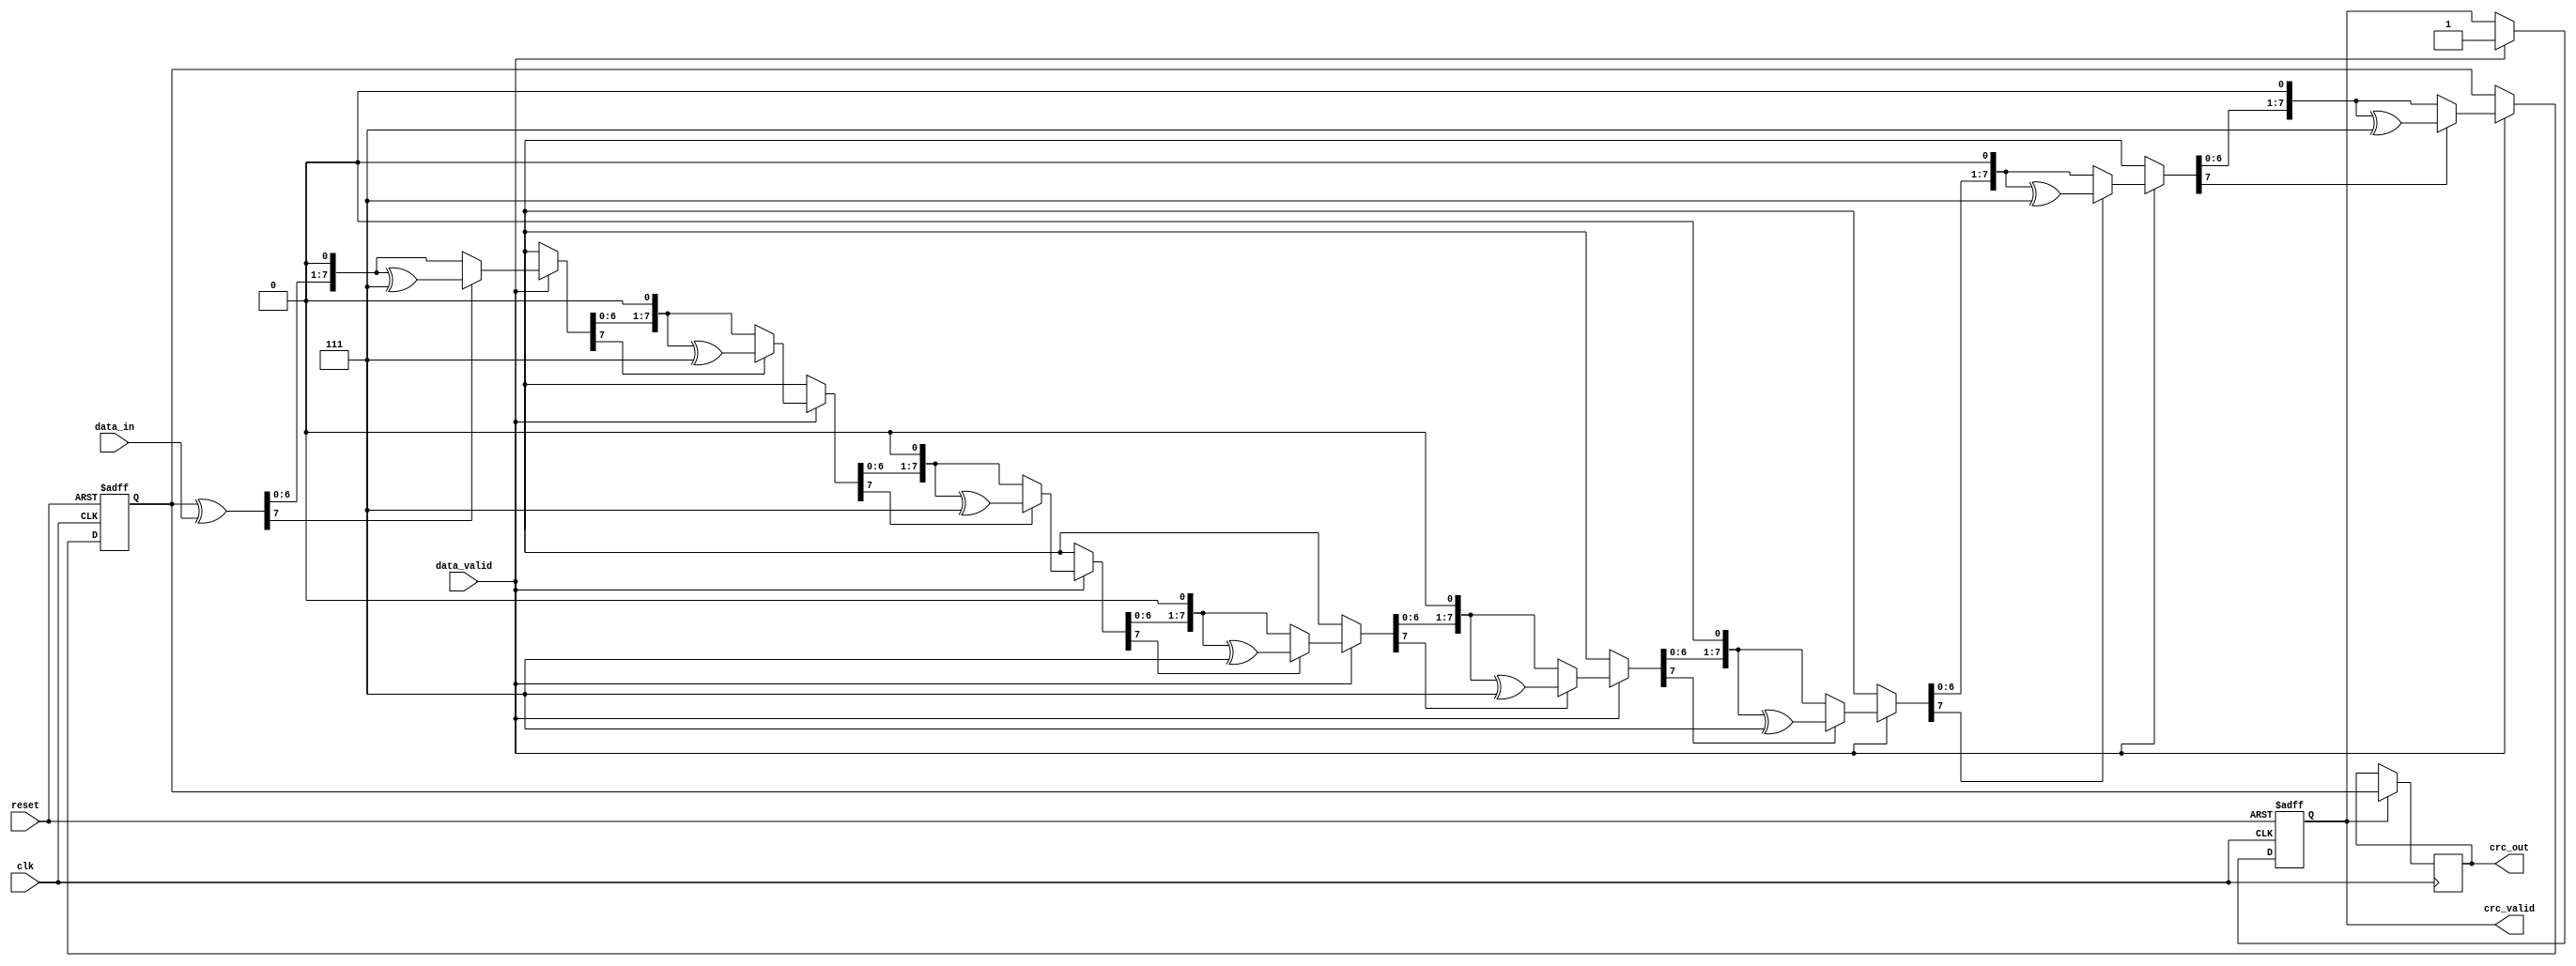
module parameterized_crc #(
    parameter CRC_WIDTH = 8,         // Width of the CRC output
    parameter POLYNOMIAL = 8'h07,    // Polynomial for CRC calculation (example: x^8 + x^2 + x + 1)
    parameter INIT_CRC = 8'h00,       // Initial CRC value
    parameter INPUT_WIDTH = 8         // Width of the input data
)(
    input wire clk,                   // Clock signal
    input wire reset,                 // Active-high reset signal
    input wire [INPUT_WIDTH-1:0] data_in, // Input data stream
    input wire data_valid,            // Signal indicating valid input data
    output reg [CRC_WIDTH-1:0] crc_out, // Computed CRC value
    output reg crc_valid              // Signal indicating valid CRC output
);

    reg [CRC_WIDTH-1:0] crc_reg;     // Internal CRC register
    integer i;                        // Loop variable

    always @(posedge clk or posedge reset) begin
        if (reset) begin
            crc_reg <= INIT_CRC;      // Reset CRC to initial value
            crc_valid <= 1'b0;        // Invalid CRC output on reset
        end else if (data_valid) begin
            // Process input data for CRC calculation
            crc_reg = crc_reg ^ data_in; // XOR input data with current CRC
            // Perform polynomial division
            for (i = 0; i < INPUT_WIDTH; i = i + 1) begin
                if (crc_reg[CRC_WIDTH-1]) begin
                    crc_reg = (crc_reg << 1) ^ POLYNOMIAL; // Shift and XOR with polynomial
                end else begin
                    crc_reg = crc_reg << 1; // Just shift if no XOR
                end
            end
            crc_valid <= 1'b1;           // Set CRC valid signal
        end
    end

    // Assign final CRC output
    always @(posedge clk) begin
        if (crc_valid) begin
            crc_out <= crc_reg;        // Output CRC value when valid
        end
    end

endmodule